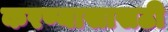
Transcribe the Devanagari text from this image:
करण्यासासठी